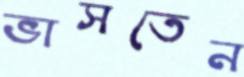
ভাসতেন